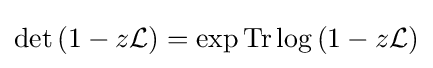
\det \left(1-z{\mathcal {L}}\right)=\exp {\mbox{Tr}}\log \left(1-z{\mathcal {L}}\right)